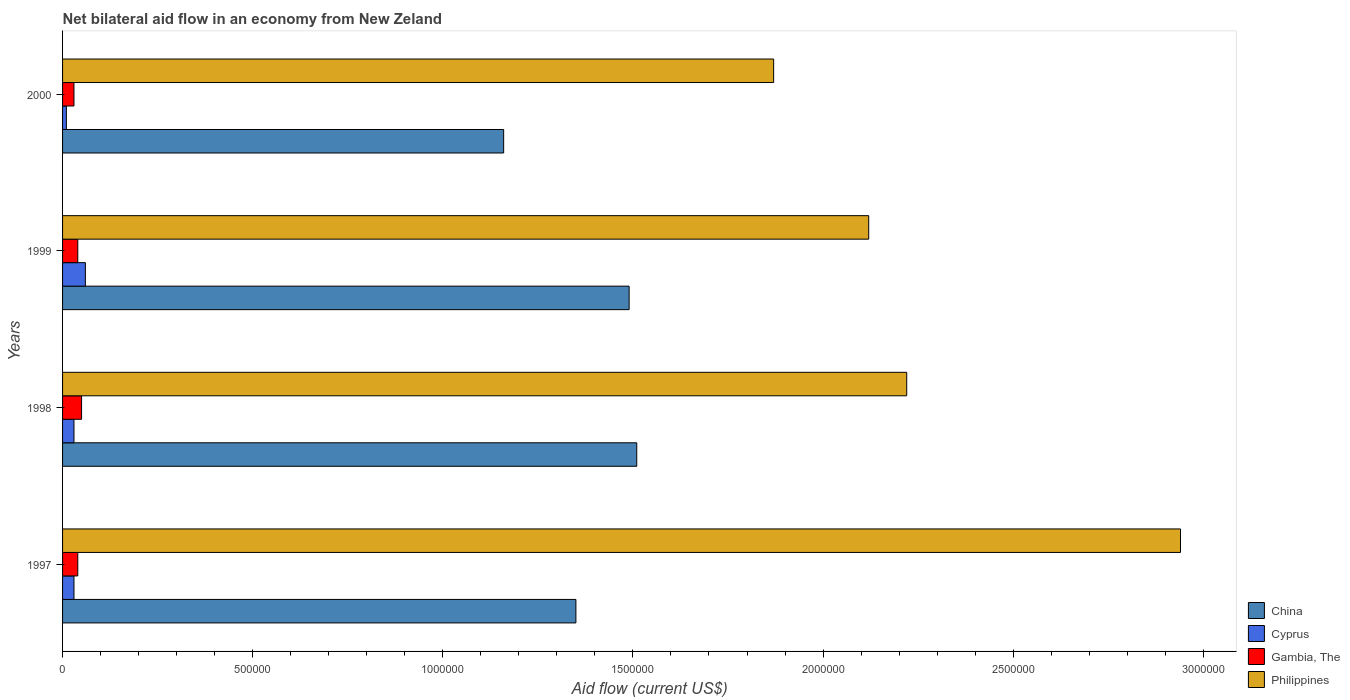
| Years | China | Cyprus | Gambia, The | Philippines |
 | --- | --- | --- | --- | --- |
 | 1997 | 1.35e+06 | 3e+04 | 4e+04 | 2.94e+06 |
 | 1998 | 1.51e+06 | 3e+04 | 5e+04 | 2.22e+06 |
 | 1999 | 1.49e+06 | 6e+04 | 4e+04 | 2.12e+06 |
 | 2000 | 1.16e+06 | 1e+04 | 3e+04 | 1.87e+06 |